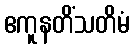
ဧကူနတိံသတိမံ